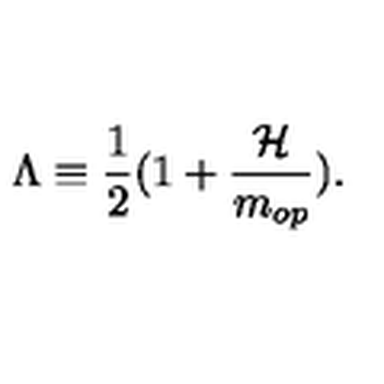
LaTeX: \Lambda \equiv \frac { 1 } { 2 } ( 1 + \frac { { \cal H } } { m _ { o p } } ) .